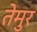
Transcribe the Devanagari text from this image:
तेमुर